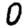
Digit: 0